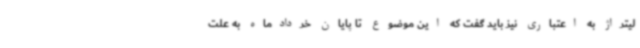
لیتراژ به اعتباری نیز باید گفت که این موضوع تا پایان خردادماه به علت